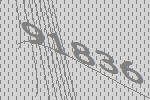
91836